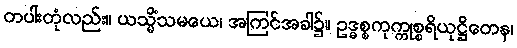
တပါးတုံလည်း။ ယသ္မိံသမယေ၊ အကြင်အခါ၌။ ဥဒ္ဓစ္စကုက္ကုစ္စရိယုဋ္ဌိတေန၊